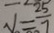
V = \frac { 2 5 } { 7 }